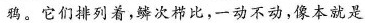
鸦。它们排列着，鳞次栉比，一动不动，像本就是